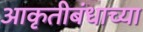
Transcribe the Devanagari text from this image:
आकृतीबंधाच्या